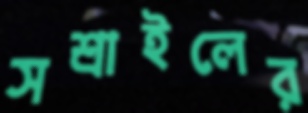
সশ্রাইলের